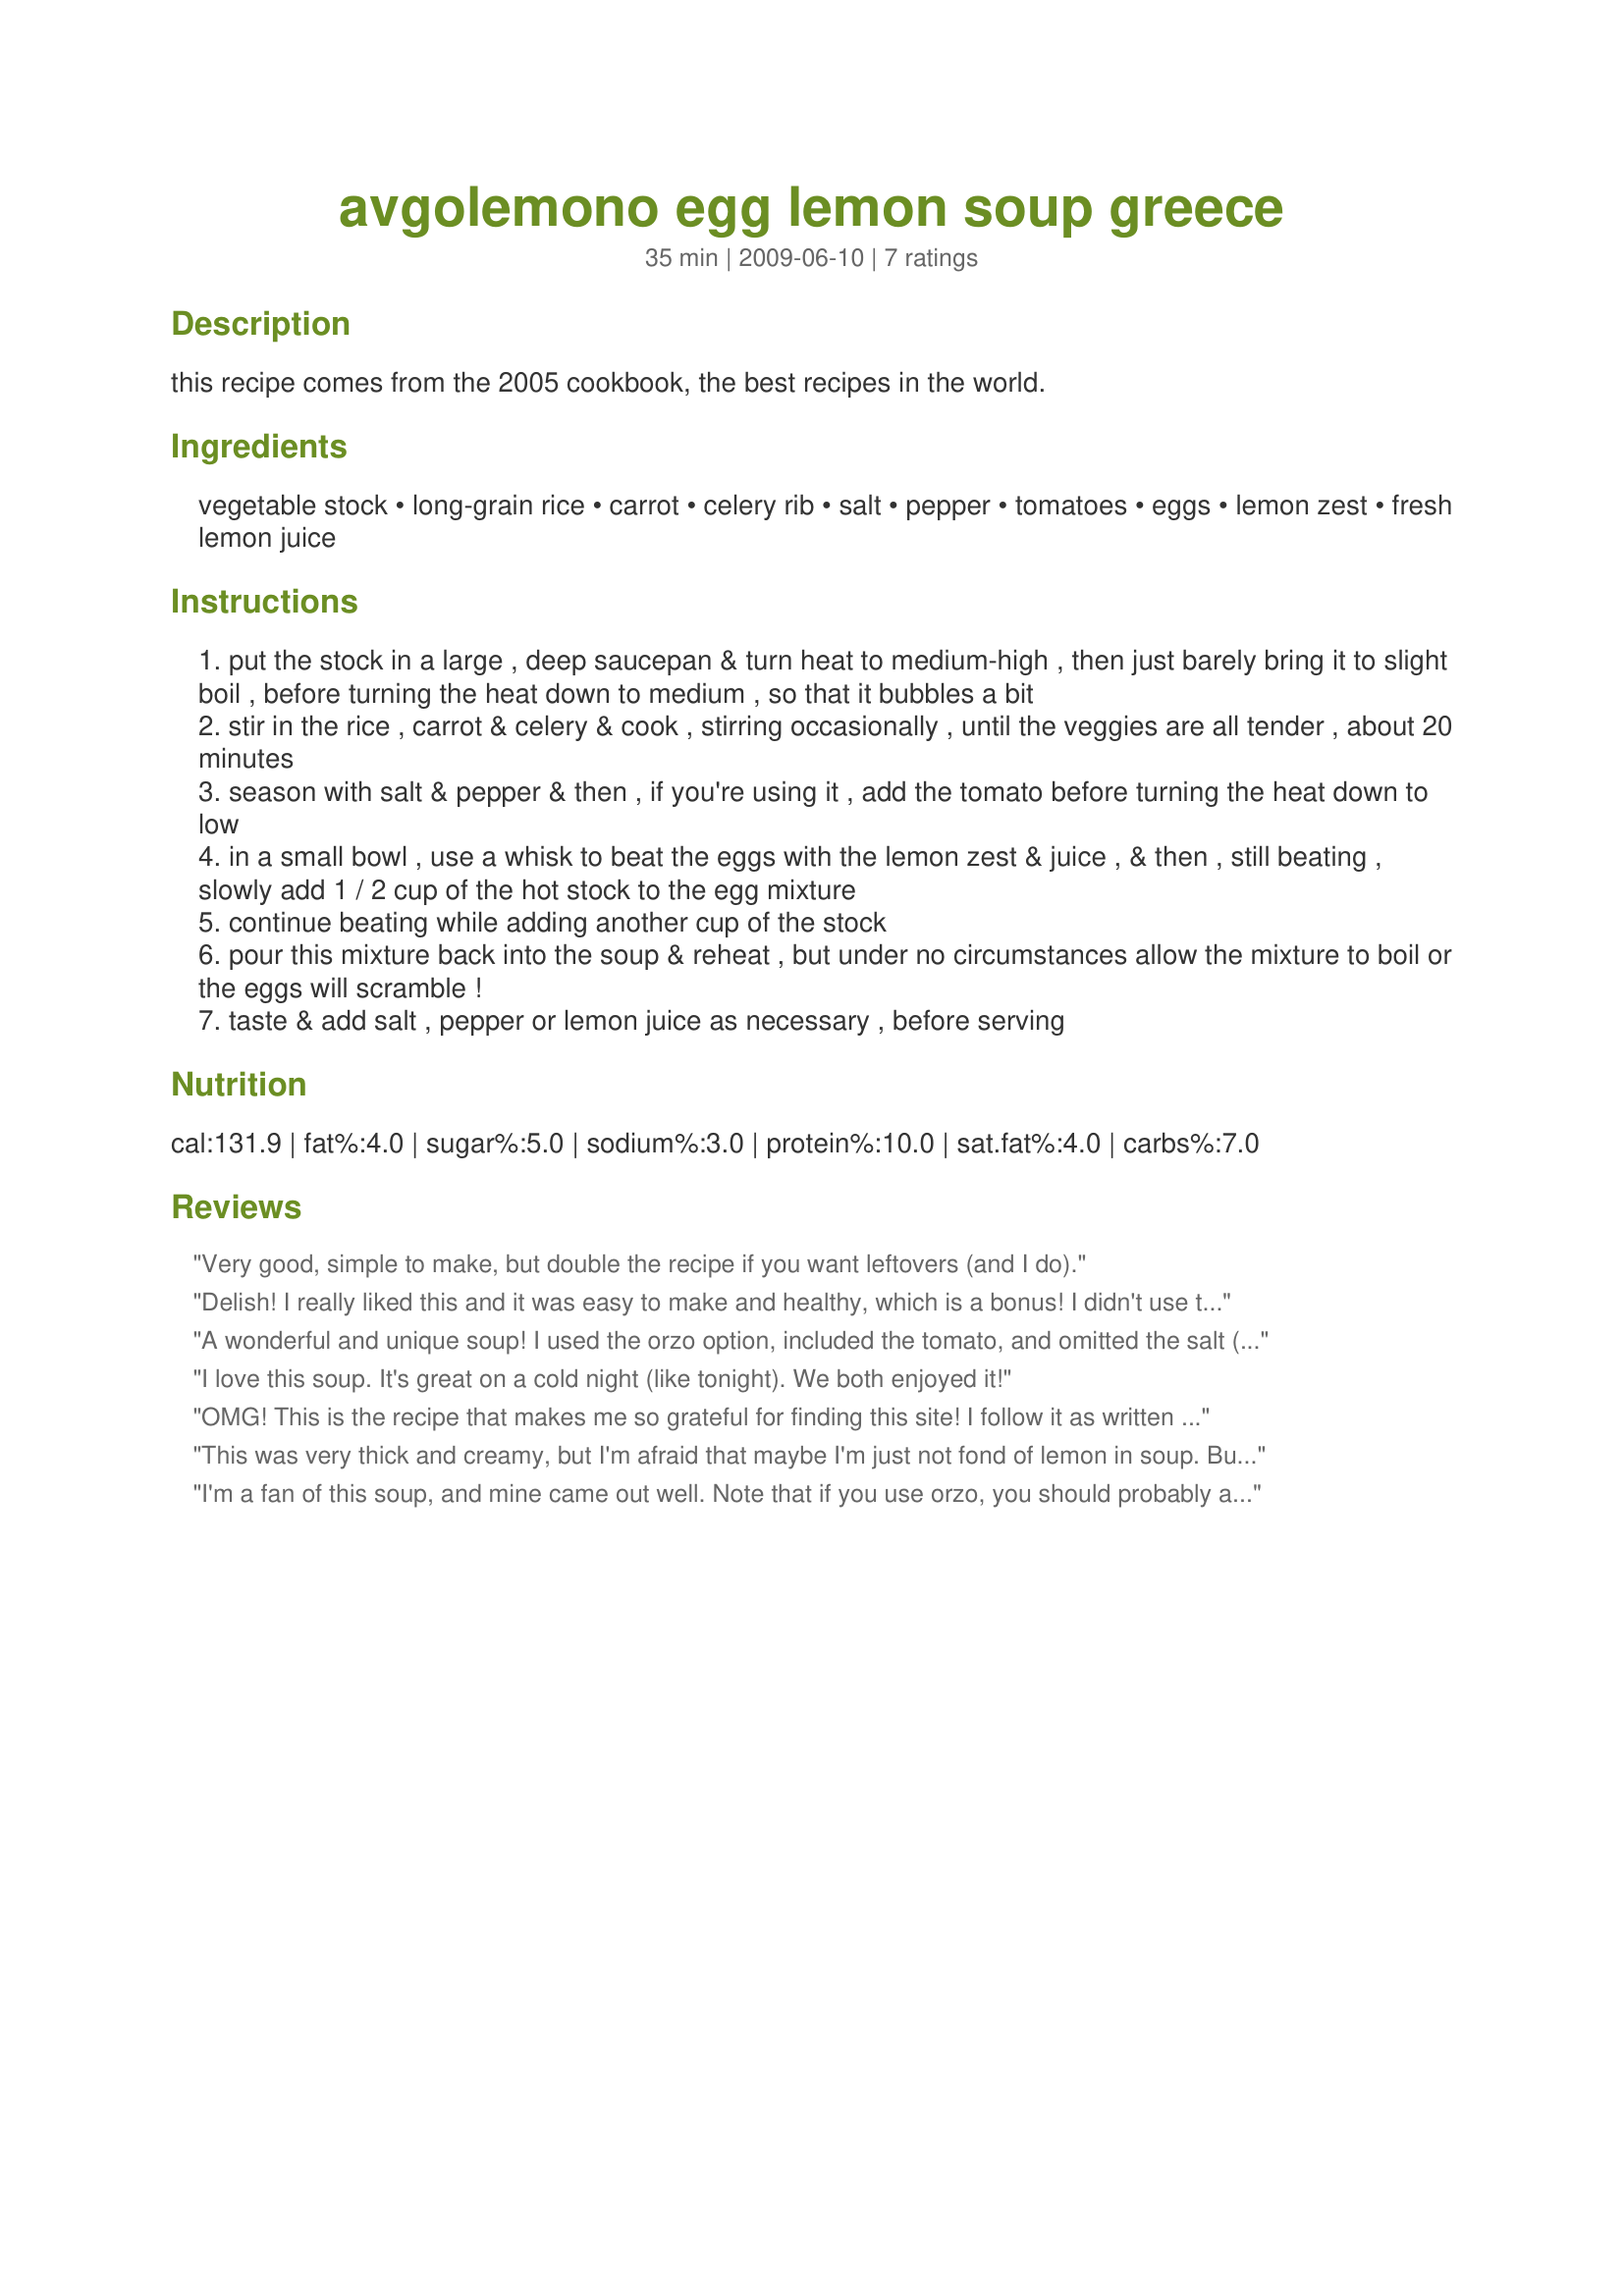
avgolemono egg lemon soup greece
Preparation time: 35 minutes

this recipe comes from the 2005 cookbook, the best recipes in the world.

Ingredients:
vegetable stock, long-grain rice, carrot, celery rib, salt, pepper, tomatoes, eggs, lemon zest, fresh lemon juice

Steps:
put the stock in a large , deep saucepan & turn heat to medium-high , then just barely bring it to slight boil , before turning the heat down to medium , so that it bubbles a bit
stir in the rice , carrot & celery & cook , stirring occasionally , until the veggies are all tender , about 20 minutes
season with salt & pepper & then , if you're using it , add the tomato before turning the heat down to low
in a small bowl , use a whisk to beat the eggs with the lemon zest & juice , & then , still beating , slowly add 1 / 2 cup of the hot stock to the egg mixture
continue beating while adding another cup of the stock
pour this mixture back into the soup & reheat , but under no circumstances allow the mixture to boil or the eggs will scramble !
taste & add salt , pepper or lemon juice as necessary , before serving

Reviews:
Very good, simple to make, but double the recipe if you want leftovers (and I do).
Delish! I really liked this and it was easy to make and healthy, which is a bonus! I didn't use the tomato and I didn't miss it. I did let it get a little hot and the egg got a little scrambled, but I still loved the flavour. I also halved the recipe. The lemon flavour is awesome! Made for Gimme 5. Thanks Sydney Mike! :)
A wonderful and unique soup! I used the orzo option, included the tomato, and omitted the salt (personal preference). Thanks for sharing!
I love this soup. It's great on a cold night (like tonight). We both enjoyed it!
OMG! This is the recipe that makes me so grateful for finding this site! I follow it as written except for the tomatoes, which I didn't use. Because I was going to give some to my 9 month old too ,I left it a little longer on the lowest and it still didn't curdle. So creamy ( i like thick soups).Between me and the little one, half is gone already. My husband is away now,but was drooling over the phone - he loves this soup. Thank you so much and I'll be making this a lot!
This was very thick and creamy, but I'm afraid that maybe I'm just not fond of lemon in soup. But it did look very nice and I did keep the heat low, so my eggs didn't scramble. I was a little worried that the egg really didn't have a chance to cook....I've had some unpleasant experiences with raw eggs, and didn't want to experience the unpleasantness again! But I resisted the urge to overheat, and my soup remained "unscrambled" and very smooth in texture.
I'm a fan of this soup, and mine came out well. Note that if you use orzo, you should probably add it to the soup in the last few minutes of cooking, not for an entire 20 minutes. Because I didn't think of this, and because I have a fear of undercooked eggs, this came out quite thick. Otherwise it was good. I also used the tomato. Thanks Syd!
